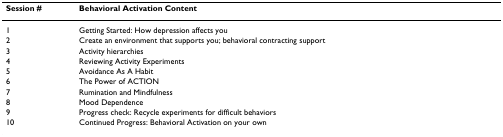
<table><thead><tr><td><b>Session #</b></td><td><b>Behavioral Activation Content</b></td></tr></thead><tbody><tr><td>1</td><td>Getting Started: How depression affects you</td></tr><tr><td>2</td><td>Create an environment that supports you; behavioral contracting support</td></tr><tr><td>3</td><td>Activity hierarchies</td></tr><tr><td>4</td><td>Reviewing Activity Experiments</td></tr><tr><td>5</td><td>Avoidance As A Habit</td></tr><tr><td>6</td><td>The Power of ACTION</td></tr><tr><td>7</td><td>Rumination and Mindfulness</td></tr><tr><td>8</td><td>Mood Dependence</td></tr><tr><td>9</td><td>Progress check: Recycle experiments for difficult behaviors</td></tr><tr><td>10</td><td>Continued Progress: Behavioral Activation on your own</td></tr></tbody></table>